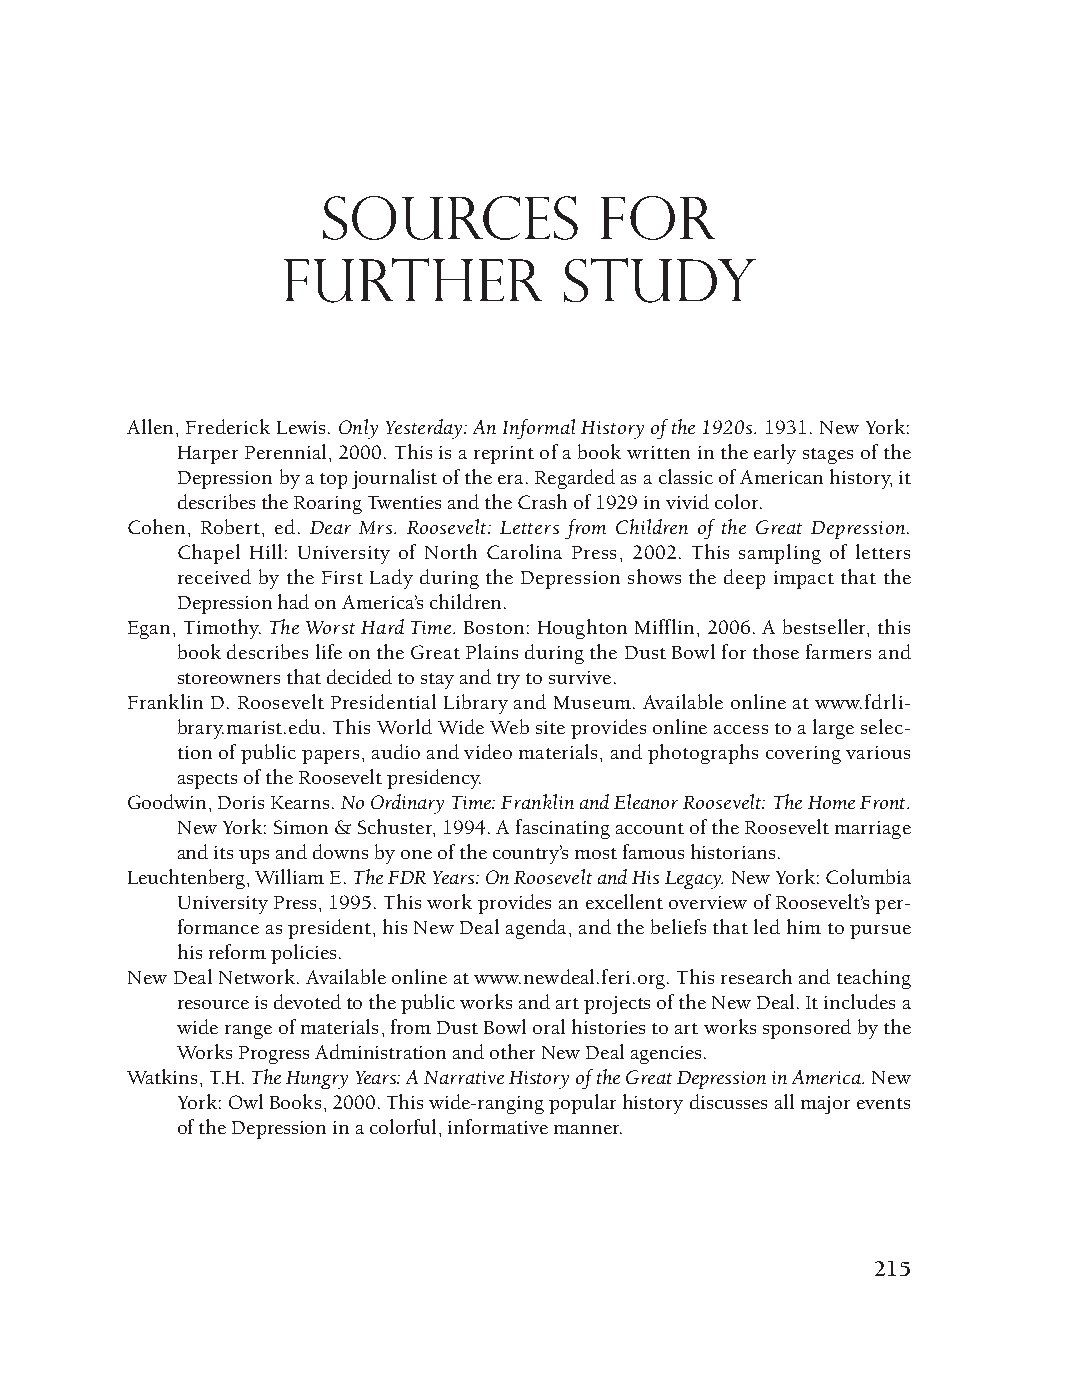
DM - Depression 9/19/08 3:56 PM Page 215
 Sources            for
 further           study
 Allen, Frederick Lewis. Only Yesterday: An Informal History of the 1920s.1931. New York:
 Harper Perennial, 2000. This is a reprint of a book written in the early stages of the
 Depression by a top journalist of the era. Regarded as a classic of American history, it
 describes the Roaring Twenties and the Crash of 1929 in vivid color.
 Cohen, Robert, ed. Dear Mrs. Roosevelt: Letters from Children of the Great Depression.
 Chapel Hill: University of North Carolina Press, 2002. This sampling of letters
 received by the First Lady during the Depression shows the deep impact that the
 Depression had on America’s children.
 Egan, Timothy. The Worst Hard Time. Boston: Houghton Mifflin, 2006. A bestseller, this
 book describes life on the Great Plains during the Dust Bowl for those farmers and
 storeowners that decided to stay and try to survive.
 Franklin D. Roosevelt Presidential Library and Museum. Available online at www.fdrli-
 brary.marist.edu. This World Wide Web site provides online access to a large selec-
 tion of public papers, audio and video materials, and photographs covering various
 aspects of the Roosevelt presidency.
 Goodwin, Doris Kearns. No Ordinary Time: Franklin and Eleanor Roosevelt: The Home Front.
 New York: Simon & Schuster, 1994. A fascinating account of the Roosevelt marriage
 and its ups and downs by one of the country’s most famous historians.
 Leuchtenberg, William E. The FDR Years: On Roosevelt and His Legacy. New York: Columbia
 University Press, 1995. This work provides an excellent overview of Roosevelt’s per-
 formance as president, his New Deal agenda, and the beliefs that led him to pursue
 his reform policies.
 New Deal Network. Available online at www.newdeal.feri.org. This research and teaching
 resource is devoted to the public works and art projects of the New Deal. It includes a
 wide range of materials, from Dust Bowl oral histories to art works sponsored by the
 Works Progress Administration and other New Deal agencies.
 Watkins, T.H. The Hungry Years: A Narrative History of the Great Depression in America.New
 York: Owl Books, 2000. This wide-ranging popular history discusses all major events
 of the Depression in a colorful, informative manner.
 215